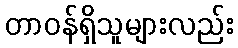
တာဝန်ရှိသူများလည်း